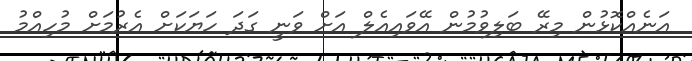
އަނެއްކޮޅުން މިރޭ ބަލިވުމުން އޭވައިއެލް އަށް ވަނީ ގަދަ ހަޔަކަށް އެރުމަށް މުހިއްމު